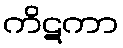
ကိဋကာ